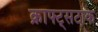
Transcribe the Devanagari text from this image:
क्राफ्ट्सटाक